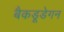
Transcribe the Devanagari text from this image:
बैकडूडेगन